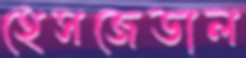
হেসজেডাল